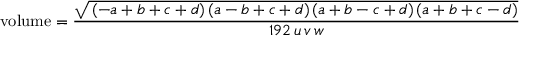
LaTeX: { \mathrm { v o l u m e } } = { \frac { \sqrt { \, ( - a + b + c + d ) \, ( a - b + c + d ) \, ( a + b - c + d ) \, ( a + b + c - d ) } } { 1 9 2 \, u \, v \, w } }